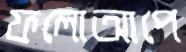
ফলোআপে